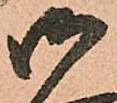
御